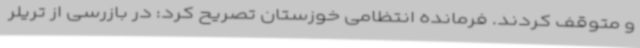
و متوقف کردند. فرمانده انتظامی خوزستان تصریح کرد: در بازرسی از تریلر